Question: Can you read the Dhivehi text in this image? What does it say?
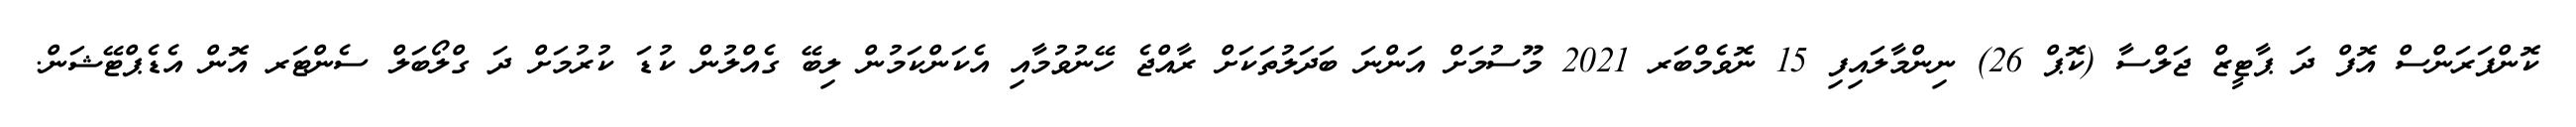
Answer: ކޮންފަރަންސް އޮފް ދަ ޕާޓީޒް ޖަލްސާ (ކޮޕް 26) ނިންމާލައިފި 15 ނޮވެމްބަރ 2021 މޫސުމަށް އަންނަ ބަދަލުތަކަށް ރާއްޖެ ހޭނުވުމާއި އެކަންކަމުން ލިބޭ ގެއްލުން ކުޑަ ކުރުމަށް ދަ ގްލޯބަލް ސެންޓަރ އޮން އެޑެޕްޓޭޝަން.